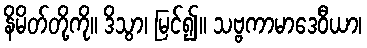
နိမိတ်တို့ကို။ ဒိသွာ၊ မြင်၍။ သဗ္ဗကာမာဒေဝီယာ၊